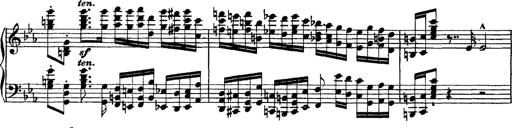
Title: Grandes Ã©tudes de Paganini
Composer: Franz Liszt